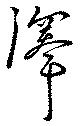
澤